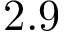
2 . 9